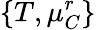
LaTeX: \{ T,\mu_{C}^{r}\}